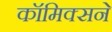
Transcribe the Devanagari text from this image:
कॉमिक्सने